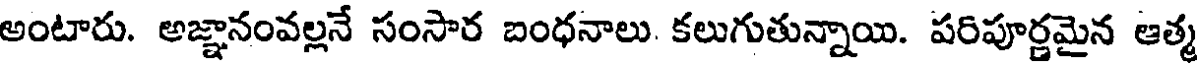
అంటారు. అజ్ఞానంవల్లనే సంసార బంధనాలు. కలుగుతున్నాయి. పరిపూర్ణమైన ఆత్మ